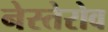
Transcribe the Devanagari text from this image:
नेस्तेरोव